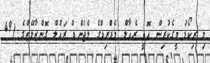
މި ރިކޯޑު މީގެކުރިން އޮތީ ރެއާލް މެޑްރިޑްގެ ލެޖެންޑް ރައުލް ގޮންޒާލޭޒްގެ (49